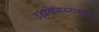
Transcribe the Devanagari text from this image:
उझबेकिस्तानावर